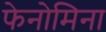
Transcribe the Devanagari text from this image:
फेनोमिना